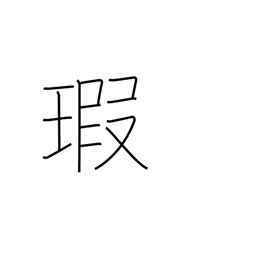
Meaning: flaw